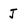
Character: J